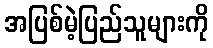
အပြစ်မဲ့ပြည်သူများကို